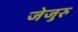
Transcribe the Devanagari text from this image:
जेजुरु